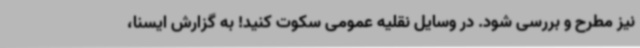
نیز مطرح و بررسی شود. در وسایل نقلیه عمومی سکوت کنید! به گزارش ایسنا،‌